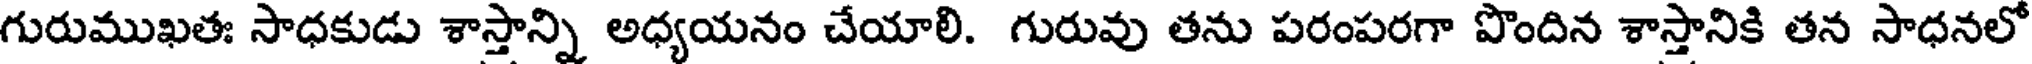
గురుముఖతః సాధకుడు శాస్తాన్ని అధ్యయనం చేయాలి. గురువు తను పరంపరగా పొందిన శాస్తానికి తన సాధనలో